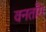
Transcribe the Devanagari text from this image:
वनतॉंग